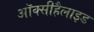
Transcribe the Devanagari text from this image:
ऑक्सीहैलाइड